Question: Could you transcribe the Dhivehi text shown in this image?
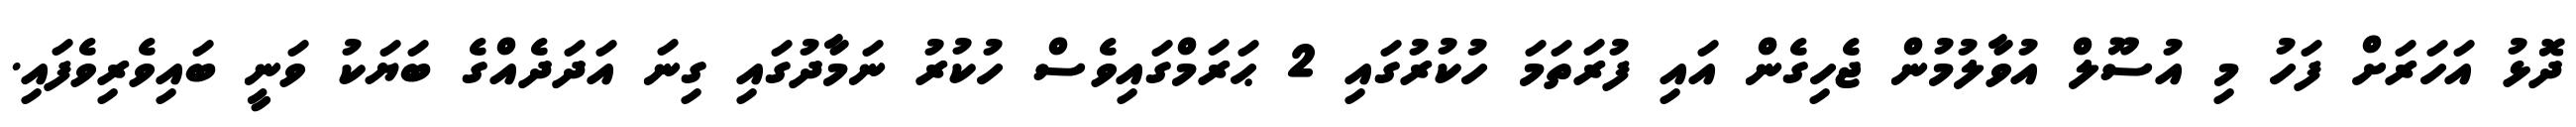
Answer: ދޮޅު އަހަރަށް ފަހު މި އުސޫލް އުވާލުމުން ޖެހިގެން އައި ފުރަތަމަ ހުކުރުގައި 2 ޙަރަމްގައިވެސް ހުކުރު ނަމާދުގައި ގިނަ އަދަދެއްގެ ބަޔަކު ވަނީ ބައިވެރިވެފައި.